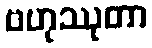
ဗဟုဿုတာ